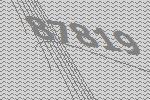
87819